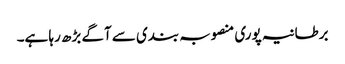
برطانیہ پوری منصوبہ بندی سے آگے بڑھ رہا ہے۔